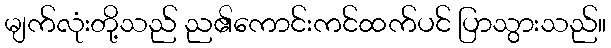
မျက်လုံးတို့သည် ည၏ကောင်းကင်ထက်ပင် ပြာသွားသည်။